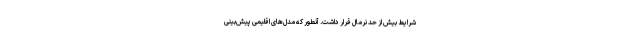
شرایط بیش از حد نرمال قرار داشت. آنطور که مدل‌های اقلیمی پیش‌بینی